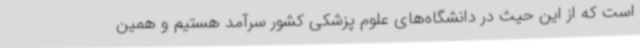
است که از این حیث در دانشگاه‌های علوم پزشکی کشور سرآمد هستیم و همین